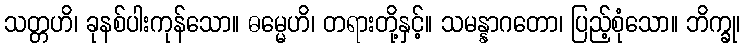
သတ္တဟိ၊ ခုနစ်ပါးကုန်သော။ ဓမ္မေဟိ၊ တရားတို့နှင့်။ သမန္နာဂတော၊ ပြည့်စုံသော။ ဘိက္ခု၊